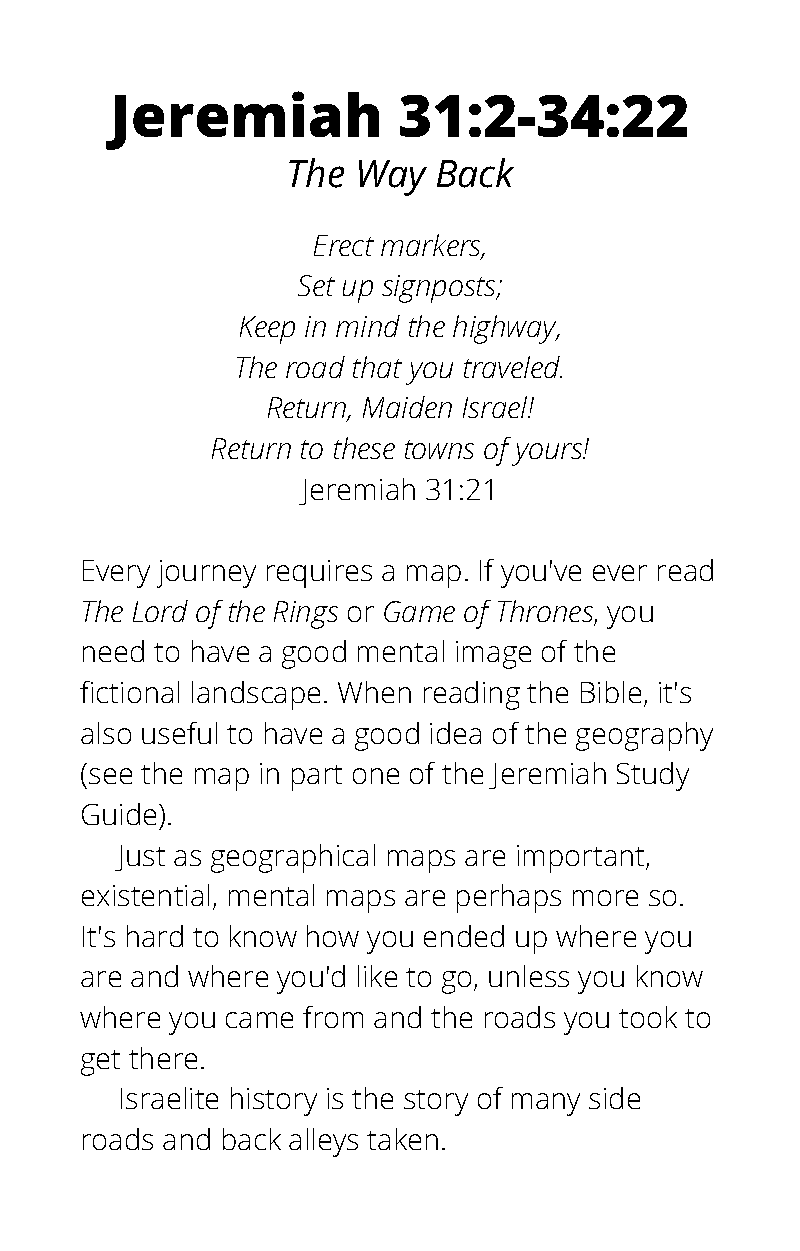
Jeremiah           31:2-34:22
 The Way   Back
 Erect markers,
 Set up signposts;
 Keep in mind the highway,
 The road that you traveled.
 Return, Maiden Israel!
 Return to these towns of yours!
 Jeremiah 31:21
 Every journey requires a map. If you've ever read
 The Lord of the Rings or Game of Thrones, you
 need to have a good mental image of the
 fictional landscape. When reading the Bible, it's
 also useful to have a good idea of the geography
 (see the map in part one of the Jeremiah Study
 Guide).
 Just as geographical maps are important,
 existential, mental maps are perhaps more so.
 It's hard to know how you ended up where you
 are and where you'd like to go, unless you know
 where you came from and the roads you took to
 get there.
 Israelite history is the story of many side
 roads and back alleys taken.